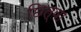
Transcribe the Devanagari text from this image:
छित्वा